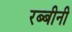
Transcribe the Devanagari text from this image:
रब्बीनी